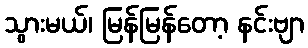
သွားမယ်၊ မြန်မြန်တော့ နင်းဗျာ